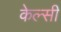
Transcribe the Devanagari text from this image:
केल्सी